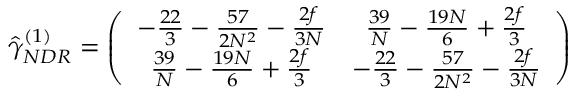
\hat { \gamma } _ { N D R } ^ { ( 1 ) } = \left( \begin{array} { c c } { { - \frac { 2 2 } { 3 } - \frac { 5 7 } { 2 N ^ { 2 } } - \frac { 2 f } { 3 N } } } & { { \frac { 3 9 } { N } - \frac { 1 9 N } { 6 } + \frac { 2 f } { 3 } } } \\ { { \frac { 3 9 } { N } - \frac { 1 9 N } { 6 } + \frac { 2 f } { 3 } } } & { { - \frac { 2 2 } { 3 } - \frac { 5 7 } { 2 N ^ { 2 } } - \frac { 2 f } { 3 N } } } \end{array} \right)